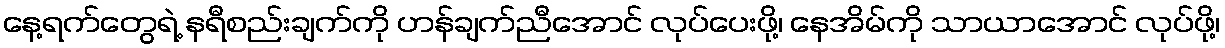
နေ့ရက်တွေရဲ့ နရီစည်းချက်ကို ဟန်ချက်ညီအောင် လုပ်ပေးဖို့၊ နေအိမ်ကို သာယာအောင် လုပ်ဖို့၊